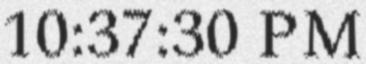
10:37:30 PM